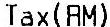
TAX(RM)